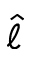
\hat { \ell }